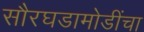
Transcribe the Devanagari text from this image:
सौरघडामोडींचा